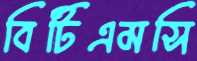
বিটিএমসি